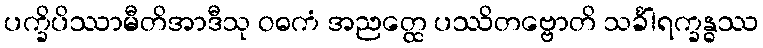
ပက္ခိပိဿာမီတိအာဒီသု ဝဓကံ အညတ္ထေ ပဿိတဗ္ဗောတိ သင်္ခါရက္ခန္ဓဿ